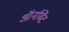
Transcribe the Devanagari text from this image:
ऑर्नामेंट